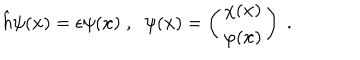
\hat { h } \psi ( { \bf x } ) = \epsilon \psi ( { \bf x } ) \; , \; \; \psi ( { \bf x } ) = \left( \begin{array} { c } { { \chi ( { \bf x } ) } } \\ { { \varphi ( { \bf x } ) } } \\ \end{array} \right) \; .